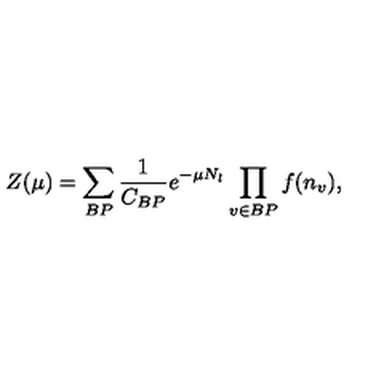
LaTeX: Z ( \mu ) = \sum _ { B P } \frac { 1 } { C _ { B P } } e ^ { - \mu N _ { l } } \prod _ { v \in B P } f ( n _ { v } ) ,